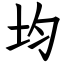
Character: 均